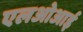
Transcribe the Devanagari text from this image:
एलओआई